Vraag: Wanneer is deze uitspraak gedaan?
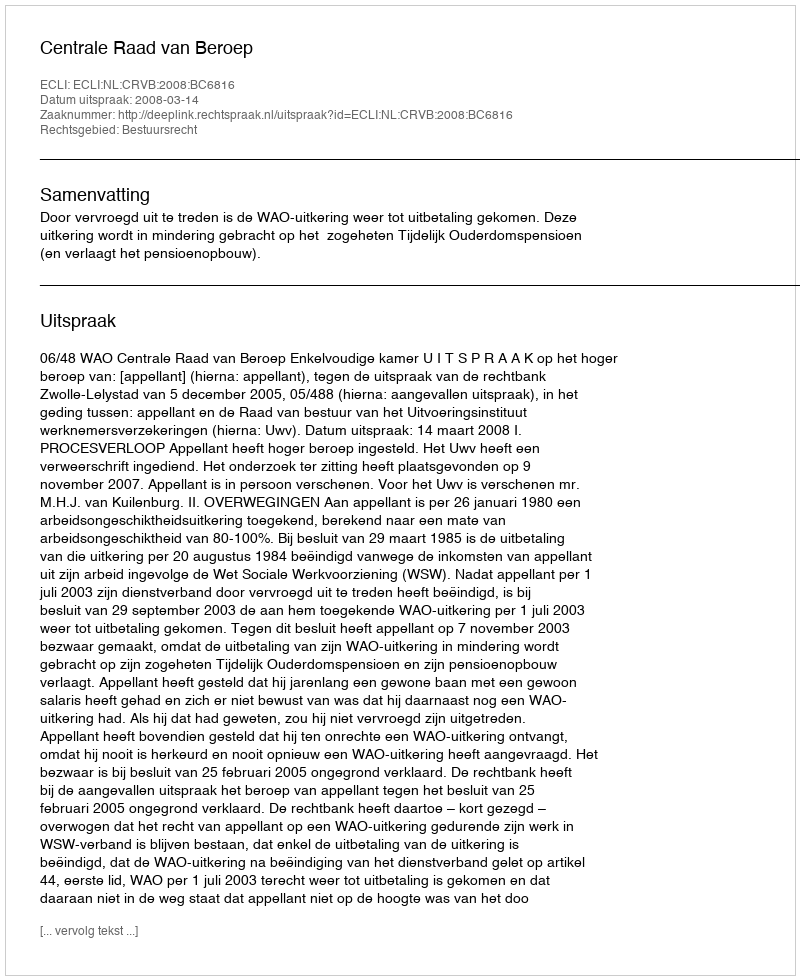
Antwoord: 2008-03-14